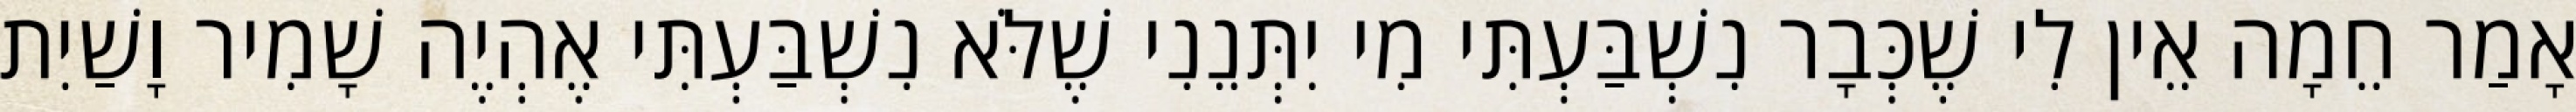
אָמַר חֵמָה אֵין לִי שֶׁכְּבָר נִשְׁבַּעְתִּי מִי יִתְּנֵנִי שֶׁלֹּא נִשְׁבַּעְתִּי אֶהְיֶה שָׁמִיר וָשַׁיִת